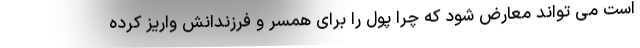
است می تواند معارض شود که چرا پول را برای همسر و فرزندانش واریز کرده